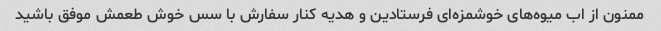
ممنون از اب میوه‌های خوشمزه‌ای فرستادین و هدیه کنار سفارش با سس خوش طعمش موفق باشید